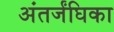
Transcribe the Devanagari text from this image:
अंतर्जंघिका